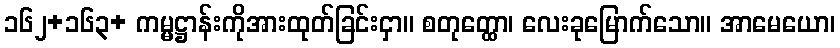
၁၆၂+၁၆၃+ ကမ္မဋ္ဌာန်းကိုအားထုတ်ခြင်းငှာ။ စတုတ္ထော၊ လေးခုမြောက်သော။ အာမေယော၊